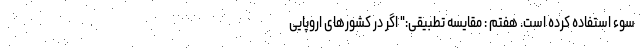
سوء استفاده کرده است. هفتم : مقایسه تطبیقی:" اگر در کشورهای اروپایی